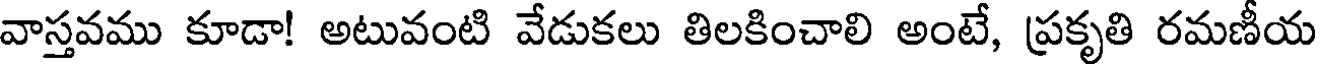
వాస్తవము కూడా! అటువంటి వేడుకలు తిలకించాలి అంటే, ప్రకృతి రమణీయ